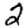
Digit: 2